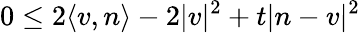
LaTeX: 0\leq 2\langle v,n\rangle-2|v|^{2}+t|n-v|^{2}